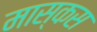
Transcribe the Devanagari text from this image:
मास्कस